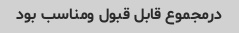
درمجموع قابل قبول ومناسب بود